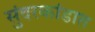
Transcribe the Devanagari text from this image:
सुंदरकांडात